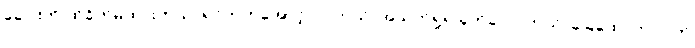
ခေါင်းကို ထိခိုက်မိထားတယ်၊ ရင်ဘတ်အောင့်လာတယ်၊ အသက်ရှုရ ခက်ခဲလာတယ်၊ ခြေထောက်၊လက်